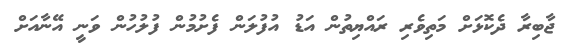
ޖާބިރާ ދެކޮޅަށް މަތިވެރި ރައްޔިތުން އަޑު އުފުލަން ފެށުމުން ފުލުހުން ވަނީ އޭނާއަށް